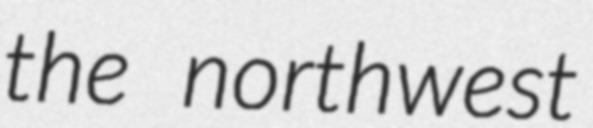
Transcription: the northwest